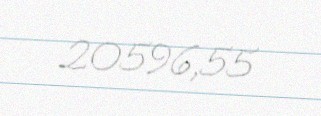
20596,55